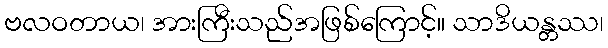
ဗလဝတာယ၊ အားကြီးသည်အဖြစ်ကြောင့်။ သာဒိယန္တဿ၊